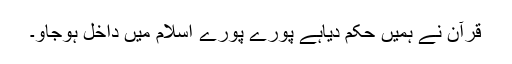
قرآن نے ہمیں حکم دیاہے پورے پورے اسلام میں داخل ہوجاو۔